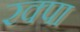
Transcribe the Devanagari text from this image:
रक्पा